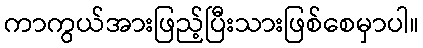
ကာကွယ်အားဖြည့်ပြီးသားဖြစ်စေမှာပါ။